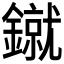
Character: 𰽌